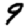
Digit: 9